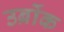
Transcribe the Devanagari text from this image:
उर्ब्रोक